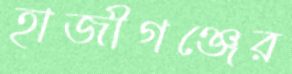
হাজীগঞ্জের